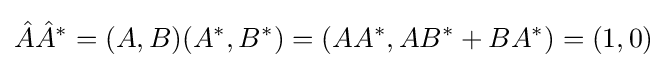
{\hat {A}}{\hat {A}}^{*}=(A,B)(A^{*},B^{*})=(AA^{*},AB^{*}+BA^{*})=(1,0)